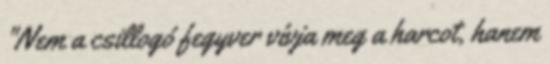
"Nem a csillogó fegyver vívja meg a harcot, hanem